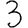
Digit: 3